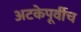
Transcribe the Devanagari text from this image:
अटकेपूर्वीच